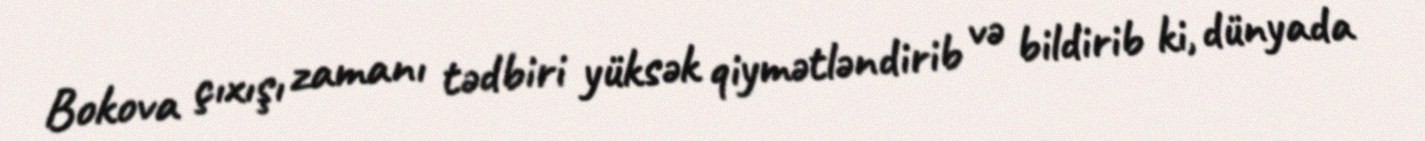
Bokova çıxışı zamanı tədbiri yüksək qiymətləndirib və bildirib ki, dünyada